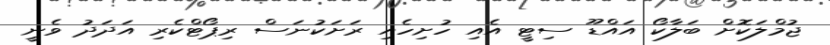
ޖުމްލަކޮށް ބަލާކޯ އައްޑޫ ސިޓީ އެއި ހުށިހެއި ރަށަކުނަސް ރިޕޯޓްކެރި އަދަދު ވެނީ